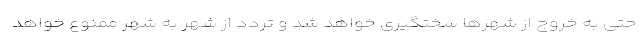
حتی به خروج از شهرها سختگیری خواهد شد و تردد از شهر به شهر ممنوع خواهد